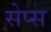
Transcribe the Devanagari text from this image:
सेप्स